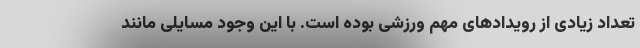
تعداد زیادی از رویدادهای مهم ورزشی بوده است. با این وجود مسایلی مانند